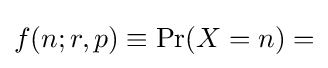
{\textstyle f(n;r,p)\equiv \Pr(X=n)=}